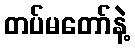
တပ်မတော်နဲ့